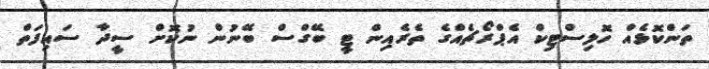
ތަންކޮޅެއް ހޮލިސްޓިކް އެޕްރޯޗެއްގެ ތެރެއިން ޓީ ބޭގްސް ބޭނުން ނުކޮށް ސީދާ ސައިފަތް